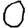
Digit: 0